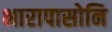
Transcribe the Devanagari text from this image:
भारापासोनि